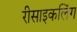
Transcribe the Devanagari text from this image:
रीसाइकलिंग